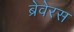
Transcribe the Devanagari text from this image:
ब्रेवेरस